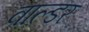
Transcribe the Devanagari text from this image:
वाल्डर